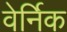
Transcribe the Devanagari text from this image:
वेर्निक